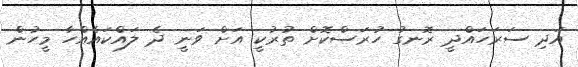
އަދި ސަރަހައްދީ ރޮނގު ހުރަސްކޮށް ތުރުކީ އަށް ވަނީ ދެ ލައްކައެއްހާ މީހުން